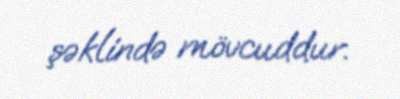
şəklində mövcuddur.